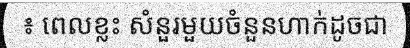
៖ ពេលខ្លះ សំនួរមួយចំនួនហាក់ដូចជា